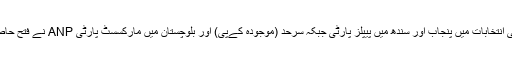
صوبائی انتخابات میں پنجاب اور سندھ میں پیپلز پارٹی جبکہ سرحد (موجودہ کےپی) اور بلوچستان میں مارکسسٹ پارٹی ANP نے فتح حاصل کی۔